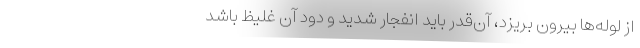
از لوله‌ها بيرون بريزد، آن‌قدر بايد انفجار شديد و دود آن غليظ باشد